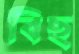
বিছ